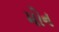
મોન